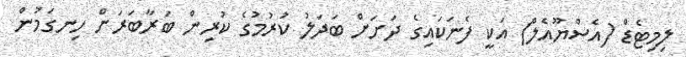
ލިމިޓެޑް (އެސްޔޫއެލް) އަކީ ފެނަކައިގެ ދަށަށް ބަދަލު ކުރުމުގެ ކުރިން ބަރާބަރަށް ހިނގަމުން